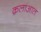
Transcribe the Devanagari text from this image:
क़लाआत